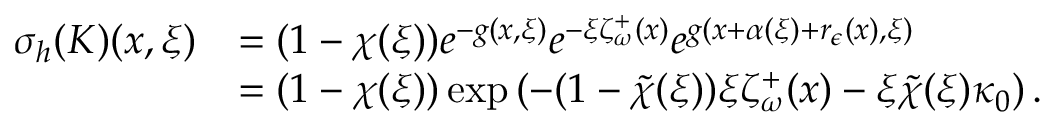
\begin{array} { r l } { \sigma _ { h } ( K ) ( x , \xi ) } & { = ( 1 - \chi ( \xi ) ) e ^ { - g ( x , \xi ) } e ^ { - \xi \zeta _ { \omega } ^ { + } ( x ) } e ^ { g ( x + \alpha ( \xi ) + r _ { \epsilon } ( x ) , \xi ) } } \\ & { = ( 1 - \chi ( \xi ) ) \exp \left( - ( 1 - \tilde { \chi } ( \xi ) ) \xi \zeta _ { \omega } ^ { + } ( x ) - \xi \tilde { \chi } ( \xi ) \kappa _ { 0 } \right) . } \end{array}